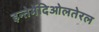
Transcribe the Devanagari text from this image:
इन्तेर्मेदिओलतेरल